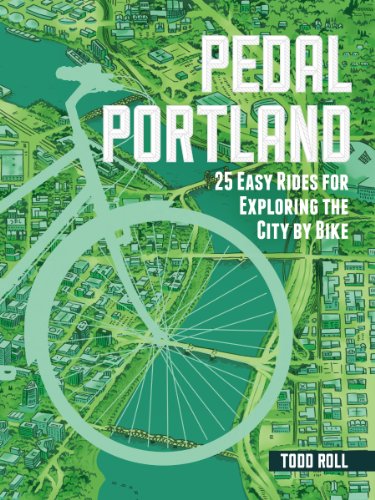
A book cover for Pedal Portland: 25 Easy Rides for Exploring the City by Bike; Todd Roll; Travel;